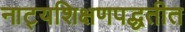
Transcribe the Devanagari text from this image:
नाट्यशिक्षणपद्धतीत